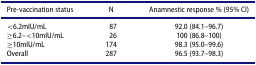
<table><thead><tr><td><b>Pre-vaccination status</b></td><td><b>N</b></td><td><b>Anamnestic response % (95% CI)</b></td></tr></thead><tbody><tr><td>&lt;6.2mIU/mL</td><td>87</td><td>92.0 (84.1–96.7)</td></tr><tr><td>≥6.2–&lt;10mIU/mL</td><td>26</td><td>100 (86.8–100)</td></tr><tr><td>≥10mIU/mL</td><td>174</td><td>98.3 (95.0–99.6)</td></tr><tr><td>Overall</td><td>287</td><td>96.5 (93.7–98.3)</td></tr></tbody></table>